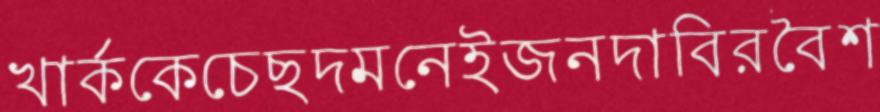
খার্ককেচেছদমনেইজনদাবিরবৈশ